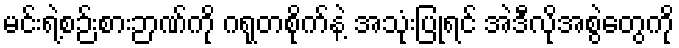
မင်းရဲ့စဉ်းစားဉာဏ်ကို ဂရုတစိုက်နဲ့ အသုံးပြုရင် အဲဒီလိုအစွဲတွေကို